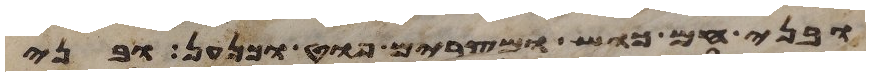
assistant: ובני חם כוש ומצרים פוט וכנען ובני